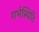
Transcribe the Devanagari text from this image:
गर्भस्थिति